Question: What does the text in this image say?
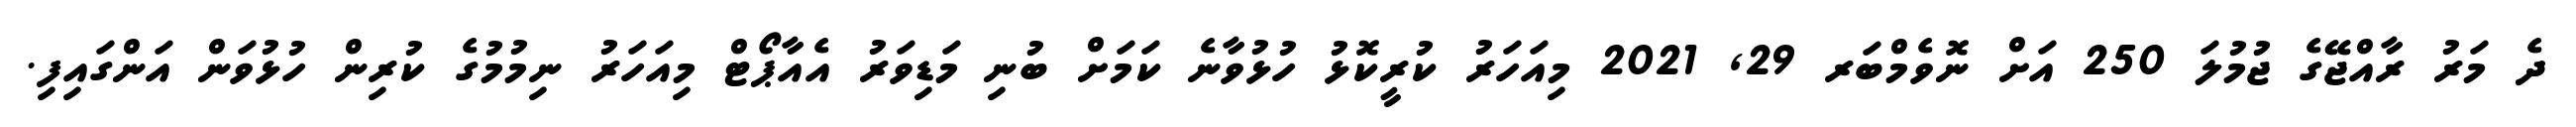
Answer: ދެ މަރު ރާއްޖޭގެ ޖުމުލަ 250 އަށް ނޮވެމްބަރ 29, 2021 މިއަހަރު ކުރީކޮޅު ހުޅުވާނެ ކަމަށް ބުނި މަޑިވަރު އެއާޕޯޓް މިއަހަރު ނިމުމުގެ ކުރިން ހުޅުވަން އަންގައިފި.